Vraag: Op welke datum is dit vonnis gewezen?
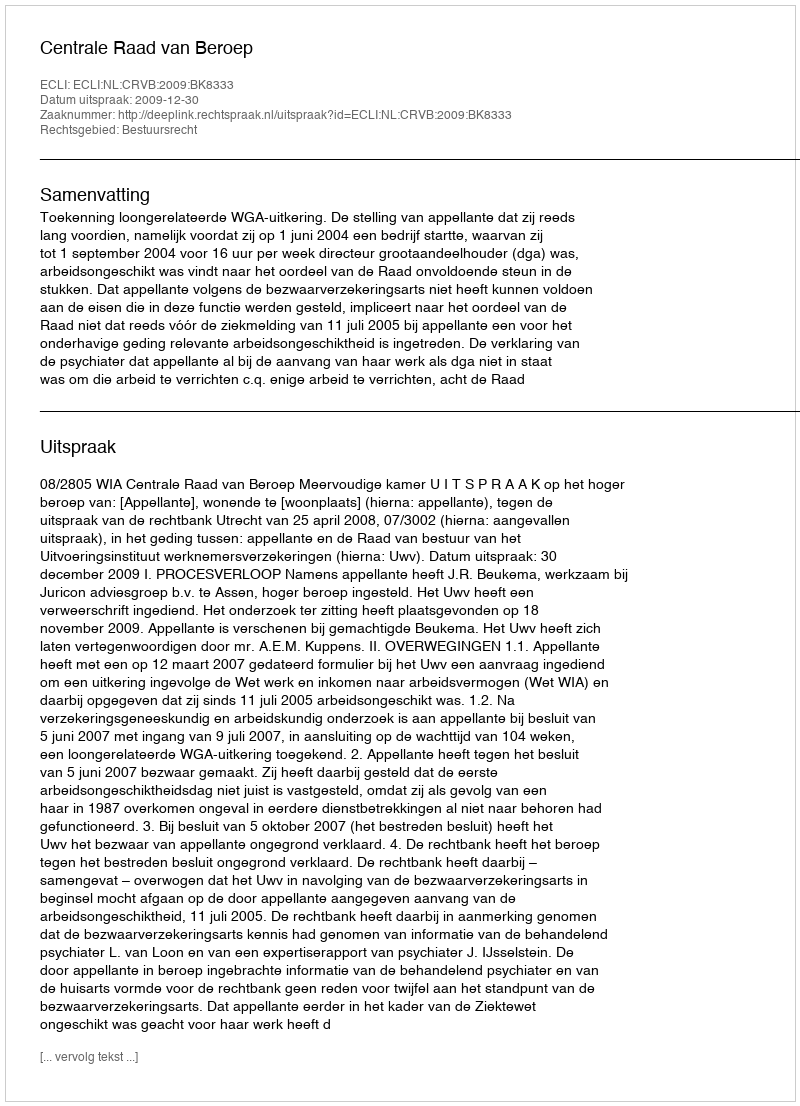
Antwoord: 2009-12-30